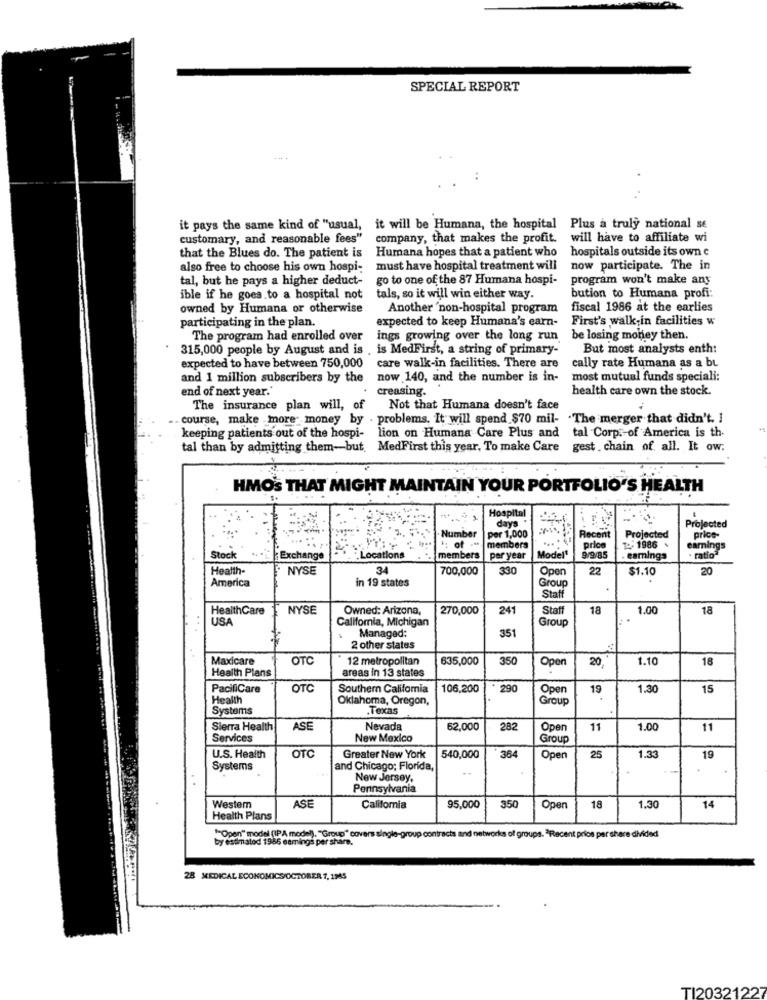
SPECIAL REPORT
... .
it pays the same kind of "usual, it will be Humana, the hospital Plus a truly national se
customary, and reasonable fees" company, that makes the profit. will have to affiliate wi
that the Blues do. The patient is Humana hopes that a patient who
hospitals outside its own c
also free to choose his own hospi- must have hospital treatment will
now participate. The in
tal, but he pays a higher deduct-
go to one of the 87 Humana hospi-
program won't make any
bution to Humana profi:
ible if he goes to a hospital not
tals, so it will win either way.
owned by Humana or otherwise
Another 'non-hospital program
fiscal 1986 at the earlies
participating in the plan.
expected to keep Humana's earn-
First's walk-in facilities w
The program had enrolled over
ings growing over the long run
be losing money then.
315,000 people by August and is , is MedFirst, a string of primary-
But most analysts enth:
expected to have between 750,000 care walk-in facilities. There are
cally rate Humana as a bt
and 1 million subscribers by the
now 140, and the number is in-
most mutual funds speciali:
end of next year.'
creasing.
health care own the stock.
The insurance plan will, of
Not that Humana doesn't face
.. course, make more money by . problems. It will spend $70 mil-
"The merger that didn't. I
lion on Humana Care Plus and tal Corp. of America is th.
keeping patients out of the hospi-
tal than by admitting them-but, MedFirst this year, To make Care gest . chain of all. It ow:
HMO'S THAT MIGHT MAINTAIN YOUR PORTFOLIO'S HEALTH
Hospital
days
-
Projected
Number
Per 1,000
Recent
Projected
price-
: of
members
price
9/9/85
1986
earnings
Stock
Exchange
ocations
members
per year
Model'
earnings
ratio"
Health-
NYSE
34
700,000
330
Open
22
$1.10
20
America
in 19 states
Group
Staff
HealthCare
NYSE
Owned: Arizona,
270,000
241
Staff
18
1.00
18
USA
California, Michigan
Group
351
Managed:
2 other states
Maxicare
OTC
12 metropolitan
635,000
350
20
1.10
18
Health Plans
areas in 13 states
Open
PacifiCare
OTC
Southern Califomia
106,200
290
19
1.30
15
Health
Oklahoma, Oregon,
Group
Oper
Systems
.Texas
Sierra Health
ASE
Nevada
62,000
282
Oper
11
1.00
11
Services
New Mexico
Group
OTC
U.S. Health
Greater New York
540,000
364
Open
25
1.33
19
Systems
and Chicago; Florida,
New Jersey.
Pennsylvania
Westem
ASE
California
95,000
350
Open
18
1.30
14
Health Plans
by esumalod 1966 eamings per share.
""Open" model (IPA model). "Group" covers single-group contracts and networks of groups. "Recent prios per share divided
28 MEDICAL ECONOMICS/OCTOBER 7, 1945
TI20321227